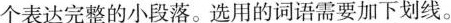
个表达完整的小段落。选用的词语需要加下划线。